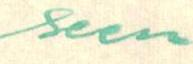
seen